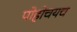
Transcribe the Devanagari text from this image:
पोहोचयच